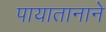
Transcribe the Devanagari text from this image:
पायातानाने